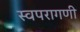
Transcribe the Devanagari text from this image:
स्वपरागणी